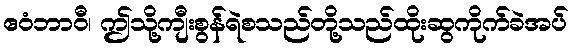
ဧဝံဘာဝီ၊ ဤသို့ကျီးစွန်ရဲစသည်တို့သည်ထိုးဆွကိုက်ခဲအပ်